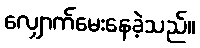
လျှောက်မေးနေခဲ့သည်။